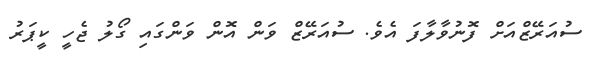
ސުއަރޭޒްއަަށް ފޮނުވާލާފަ އެވެ. ސުއަރޭޒް ވަން އޮން ވަންގައި ގޯލު ޖެހީ ކީޕަރު